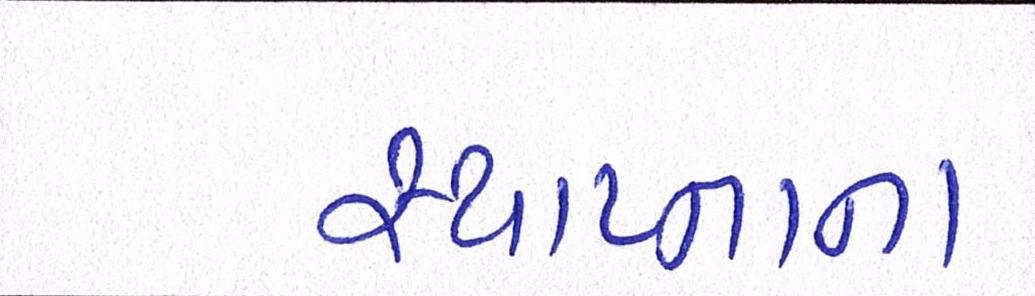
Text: સ્થાપ્નાના